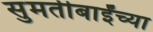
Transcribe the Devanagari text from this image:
सुमतीबाईंच्या